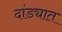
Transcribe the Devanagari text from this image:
दांड्यात